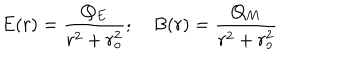
E ( r ) = \frac { Q _ { E } } { r ^ { 2 } + r _ { o } ^ { 2 } } ; B ( r ) = \frac { Q _ { M } } { r ^ { 2 } + r _ { o } ^ { 2 } }